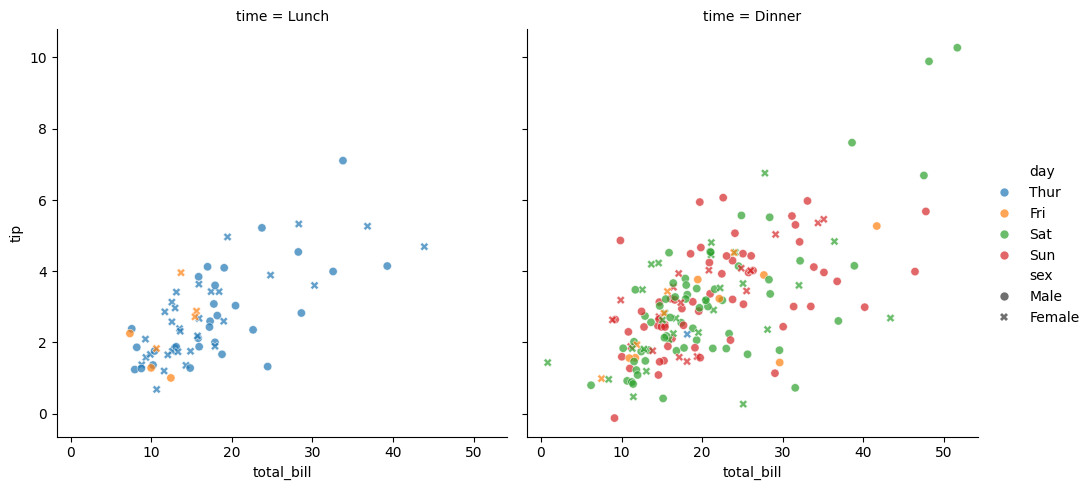
python, seaborn, relplot, alpha=0.7